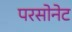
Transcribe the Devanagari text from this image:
परसोनेट